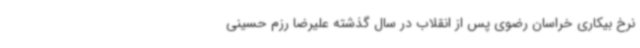
نرخ بیکاری خراسان رضوی پس از انقلاب در سال گذشته علیرضا رزم حسینی